Indian journal of veterinary science and animal husbandry - Volume 6,
Year: 1936
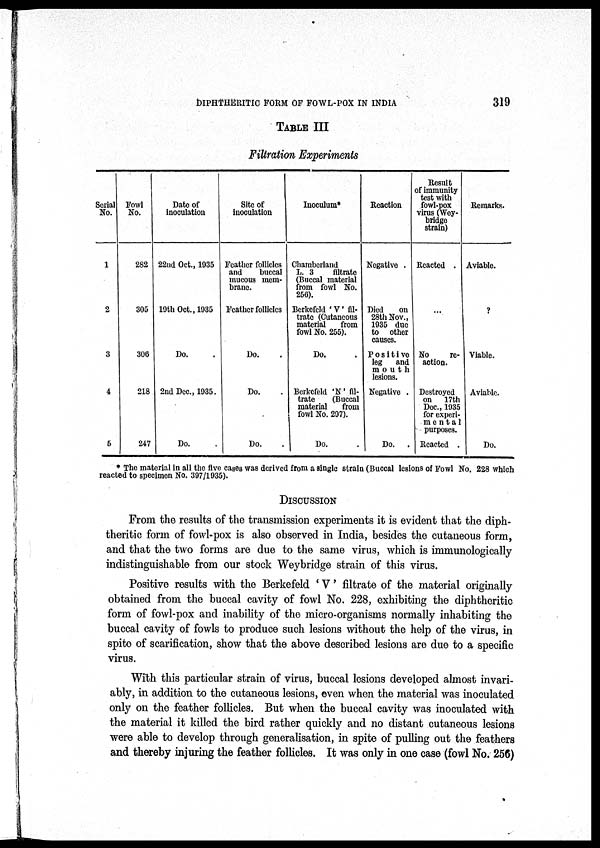
DIPHTHERITlC FORM OF FOWL-POX IN INDIA
319
TABLE III
Filtration Experiments
Serial
No.
1
2
3
4
5
Fowl
No.
282
305
306
218
247
Date of
inoculation
22nd Oct., 1935
19th Oct., 1935
Do. .
2nd Dec, 1935.
Do. .
Site of
inoculation
Feather follicles
and
buccal
mucous mem-
brane.
Feather follicles
Do. .
Do. .
DO.
.
Inoculum
Chamberland
L. 3
filtrate
(Buccal material
from fowl No.
256).
Berkefeld ' V ' fil-
trate (Cutaneous
material
from
fowl No. 255).
Do. .
Berkefeld 'N' fil-
trate
(Buccal
material
from
fowl No. 297).
Do. .
Reaction
Negative .
Died
on
28th Nov.,
1935 due
to other
causes.
P o s i t i ve
leg and
mouth
lesions.
Negative .
Do. .
Result
of immunity
test with
fowl-pox
virus (Wey¬
bridge
strain)
Reacted .
. . .
No
re-
action.
Destroyed
on 17th
Dec., 1935
for experi¬
mental
purposes.
Reacted .
Remarks.
Aviable.
?
Viable.
Aviable.
Do.
* The material in all the five cases was derived from a single strain (Buccal lesions of Fowl No. 228 which
reacted to specimen No. 397/1935).
DISCUSSION
From the results of the transmission experiments it is evident that the diph-
theritic form of fowl-pox is also observed in India, besides the cutaneous form,
and that the two forms are due to the same virus, which is immunologically
indistinguishable from our stock Weybridge strain of this virus.
Positive results with the Berkefeld ' V' filtrate of the material originally
obtained from the buccal cavity of fowl No. 228, exhibiting the diphtheritic
form of fowl-pox and inability of the micro-organisms normally inhabiting the
buccal cavity of fowls to produce such lesions without the help of the virus, in
spite of scarification, show that the above described lesions are due to a specific
virus.
With this particular strain of virus, buccal lesions developed almost invari-
ably, in addition to the cutaneous lesions, even when the material was inoculated
only on the feather follicles. But when the buccal cavity was inoculated with
the material it killed the bird rather quickly and no distant cutaneous lesions
were able to develop through generalisation, in spite of pulling out the feathers
and thereby injuring the feather follicles. It was only in one case (fowl No. 256)